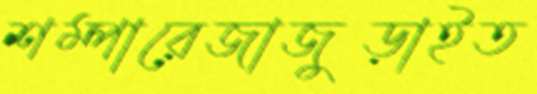
শম্পারেজাজুড়াইত